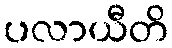
ပလာယီတိ